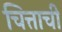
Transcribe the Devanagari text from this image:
चित्ताची